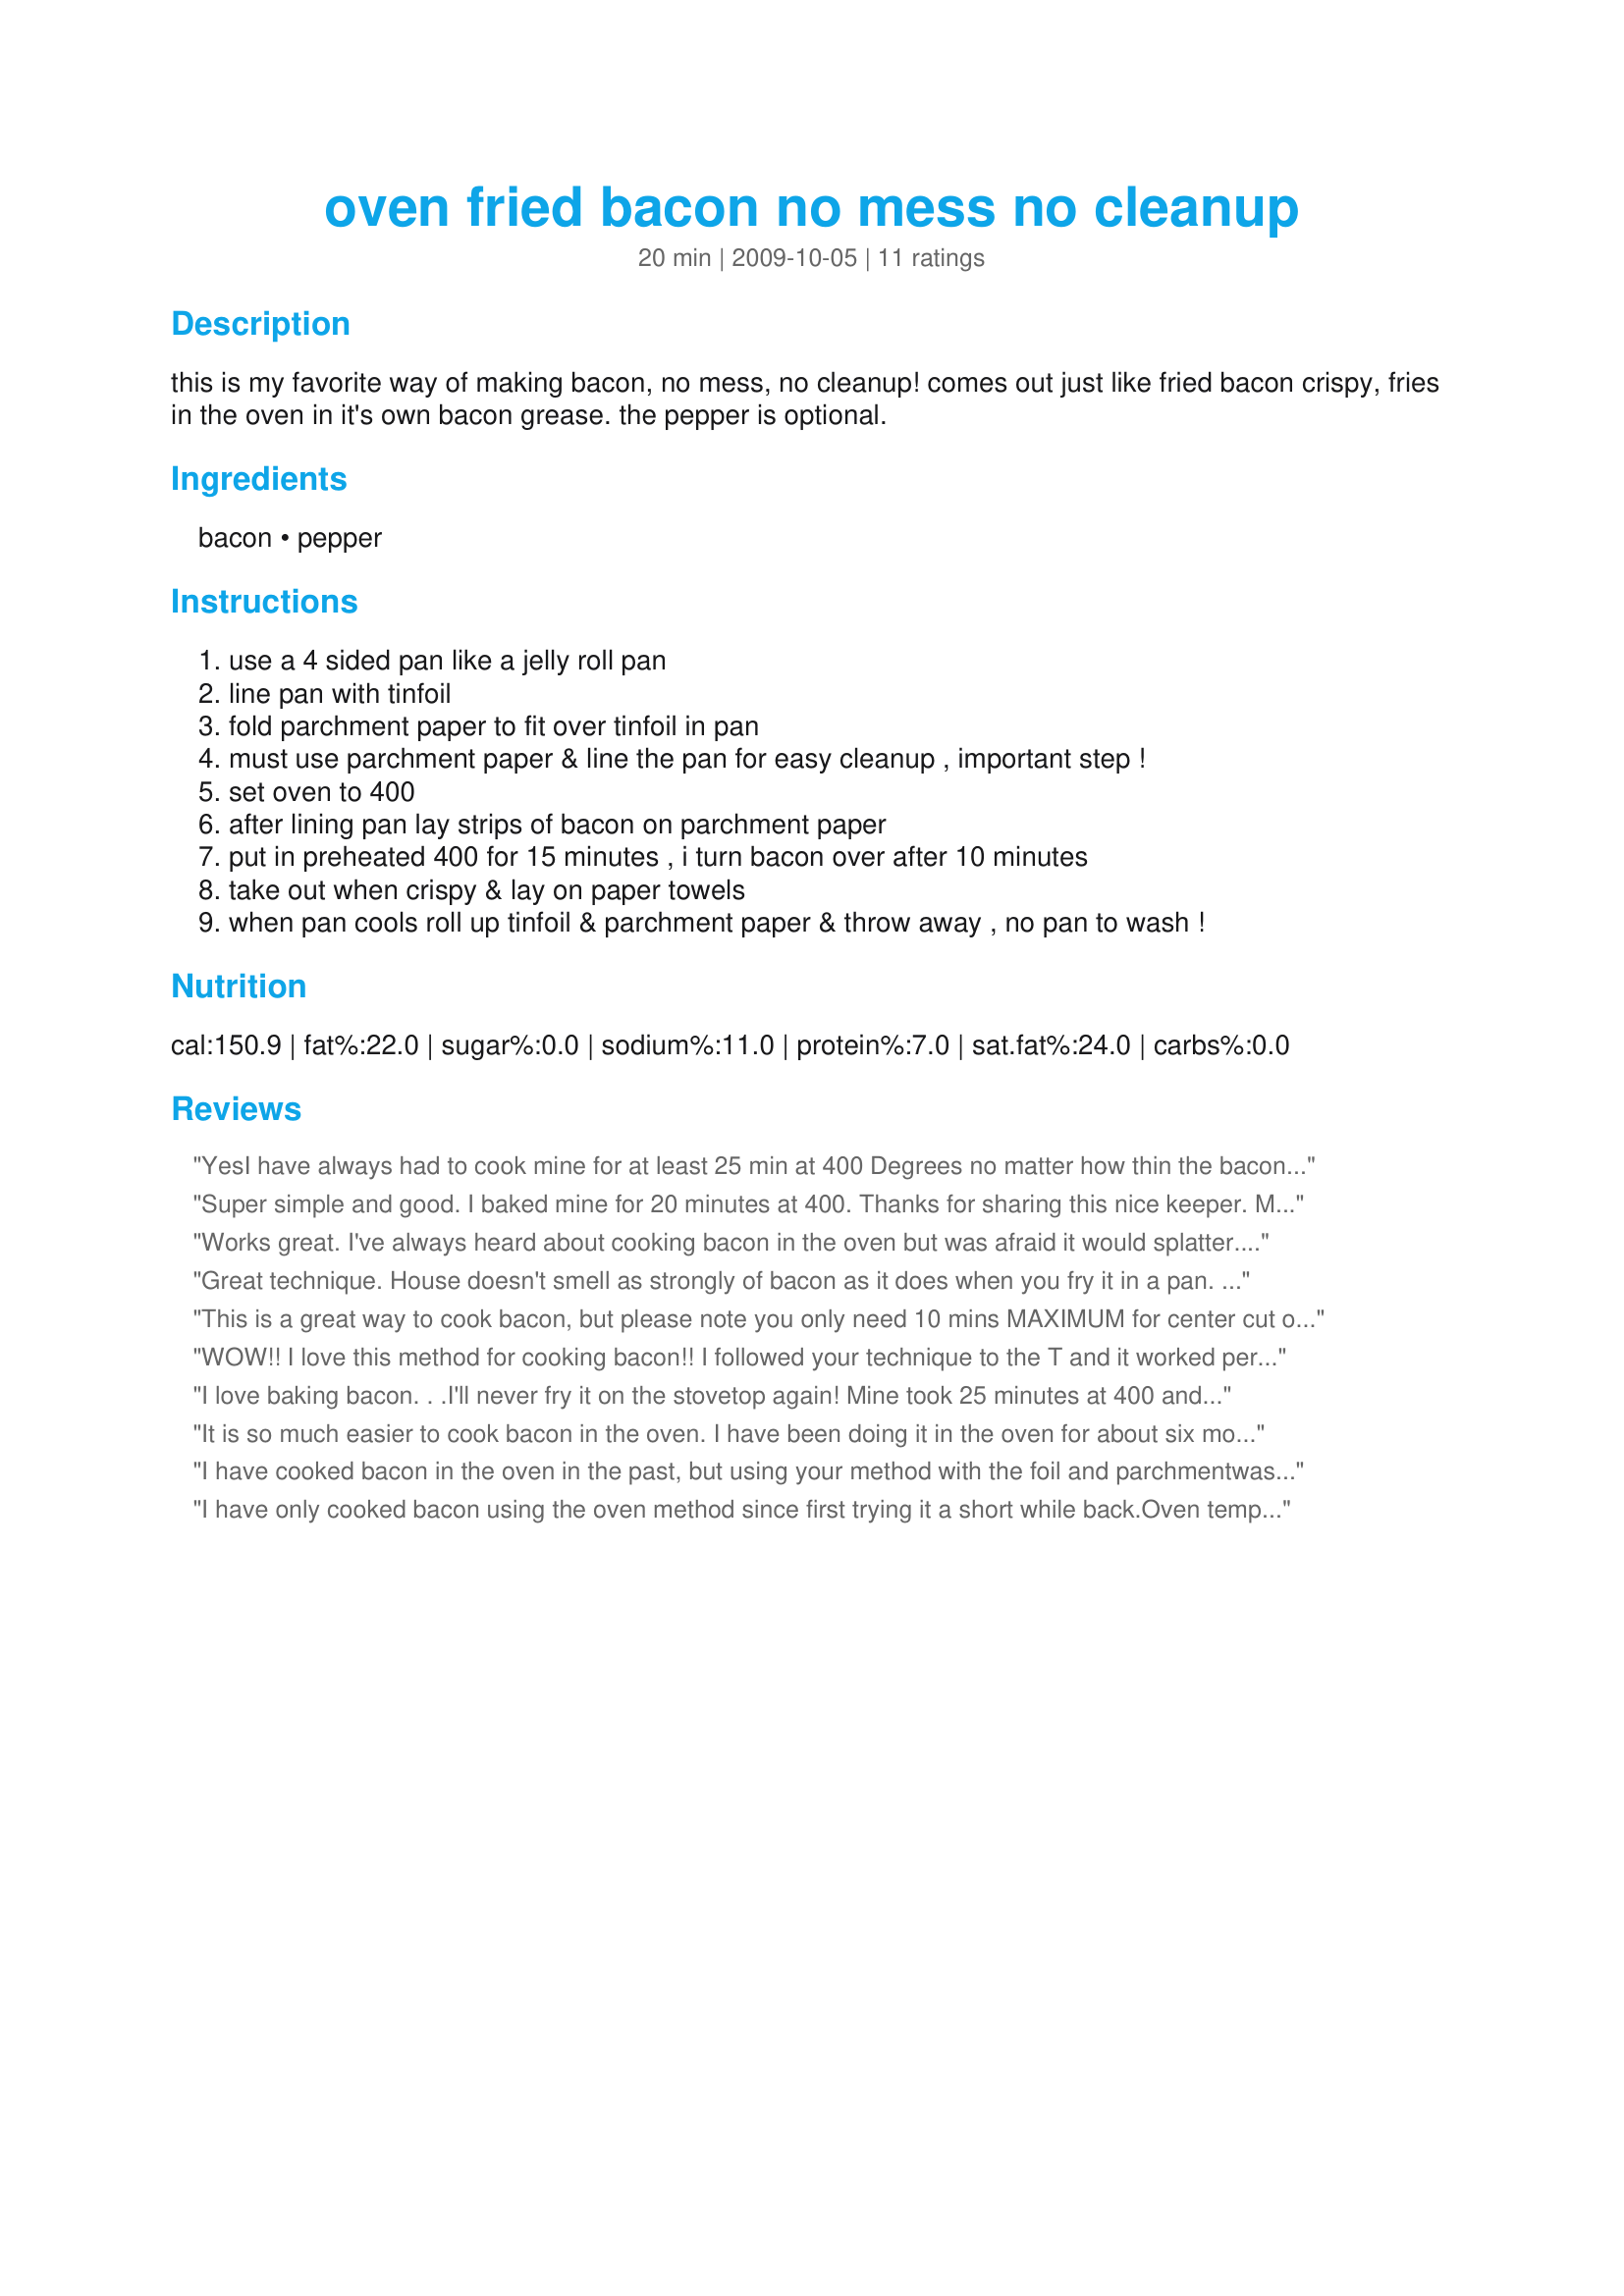
oven fried bacon no mess no cleanup
Preparation time: 20 minutes

this is my favorite way of making bacon, no mess, no cleanup!
comes out just like fried bacon crispy, fries in the oven in it's own bacon grease. the pepper is optional.

Ingredients:
bacon, pepper

Steps:
use a 4 sided pan like a jelly roll pan, line pan with tinfoil, fold parchment paper to fit over tinfoil in pan, must use parchment paper & line the pan for easy cleanup , important step !, set oven to 400, after lining pan lay strips of bacon on parchment paper, put in preheated 400 for 15 minutes , i turn bacon over after 10 minutes, take out when crispy & lay on paper towels, when pan cools roll up tinfoil & parchment paper & throw away , no pan to wash !

Reviews:
YesI have always had to cook mine for at least 25 min at 400 Degrees no matter how thin the bacon is. I dont like my bacon rubbery, but I hate when it gets burned and too crispy. I like it as they do in diners just right.
Super simple and good. I baked mine for 20 minutes at 400. Thanks for sharing this nice keeper. Made for Zaar Chef Alphabet Soup Tag.
Works great. I've always heard about cooking bacon in the oven but was afraid it would splatter. I had to cook it quite a bit longer than 15 minutes but this is a really easy, no mess way to fix bacon. Thanks for sharing DoryJean.
Great technique. House doesn't smell as strongly of bacon as it does when you fry it in a pan. Will use this recipe a lot!
This is a great way to cook bacon, but please note you only need 10 mins MAXIMUM for center cut or this sliced bacon. I went 14 minutes with center cut thin sliced and burned this part of my wife&#039;s birthday breakfast.
WOW!! I love this method for cooking bacon!! I followed your technique to the T and it worked perfectly for both thin and thick bacon just need to adjust the cook time a little depending on the thickness of the bacon. From now on this is the only technique I will use as you can do a whole pound of bacon all at once and then freeze the cooked bacon for use in recipes that call for cooked bacon. Thanks for the Great post.
I love baking bacon. . .I'll never fry it on the stovetop again! Mine took 25 minutes at 400 and I only used the foil (not the parchment). Thanks for posting!
It is so much easier to cook bacon in the oven. I have been doing it in the oven for about six months. I did your method but cooked mine for 25 minutes and the bacon was perfect.
I have cooked bacon in the oven in the past, but using your method with the foil and parchment<br/>was the best way. The bacon was a bit greasy but I just rolled it up in some paper towels and that took care of degreasing the bacon fairly well.
I have only cooked bacon using the oven method since first trying it a short while back.<br/>Oven temps can vary, I cooked my bacon for a total of 25 minutes. I only sprayed my pan with nonstick spray, and clean up was not difficult. Delicious and easy!<br/>Thanks for sharing DoryJean54.
Thanks for sharing, i just made it and it&#039;s looks so delicious :)
